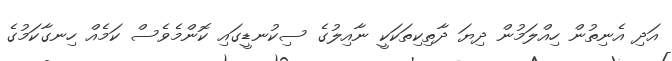
އަދި އެނިތުން ހިއްލަމުން ދިޔަ ދާތިކިތަކަކީ ނާއިލުގެ ސިކުނޑީގައި ކޮންމެވެސް ކަމެއް ހިނގާކަމުގެ